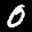
Label: 0